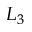
L _ { 3 }